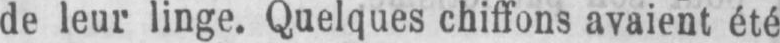
de leur linge. Quelques chiffons avaient été